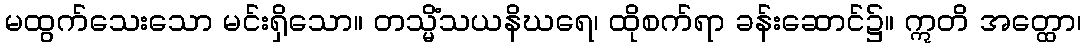
မထွက်သေးသော မင်းရှိသော။ တသ္မိံသယနိဃရေ၊ ထိုစက်ရာ ခန်းဆောင်၌။ ဣတိ အတ္ထော၊